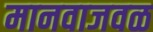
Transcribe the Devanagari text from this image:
मानवाजवळ